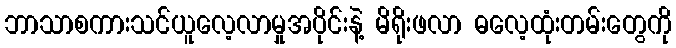
ဘာသာစကားသင်ယူလေ့လာမှုအပိုင်းနဲ့ မိရိုးဖလာ ဓလေ့ထုံးတမ်းတွေကို